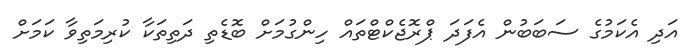
އަދި އެކަމުގެ ސަބަބުން އެފަދަ ޕްރޮޖެކްޓްތައް ހިންގުމަށް ބޮޑެތި ދަތިތަކާ ކުރިމަތިވާ ކަމަށް